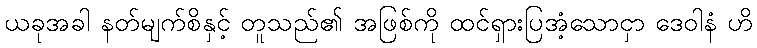
ယခုအခါ နတ်မျက်စိနှင့် တူသည်၏ အဖြစ်ကို ထင်ရှားပြအံ့သောငှာ ဒေဝါနံ ဟိ